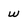
Character: w